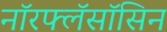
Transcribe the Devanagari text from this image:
नॉरफ्लॅसॉसिन